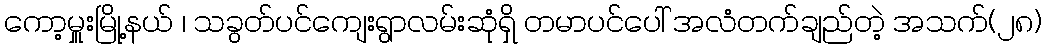
ကော့မှူးမြို့နယ် ၊ သခွတ်ပင်ကျေးရွာလမ်းဆုံရှိ တမာပင်ပေါ် အလံတက်ချည်တဲ့ အသက်(၂၈)